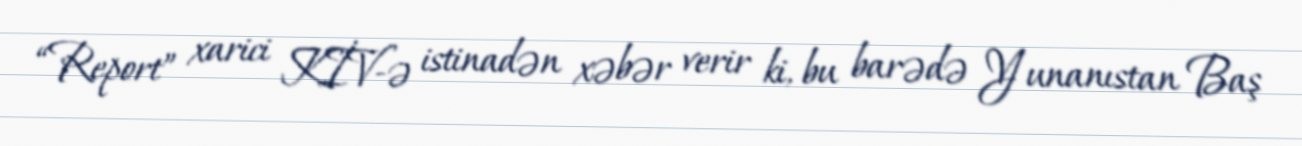
“Report” xarici KİV-ə istinadən xəbər verir ki, bu barədə Yunanıstan Baş